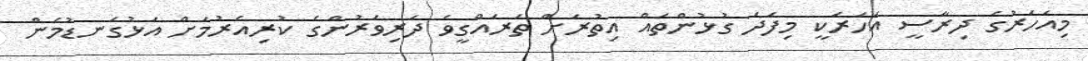
މިއަހަރުގެ ދިރާސީ އަހަރަކީ މިފަދަ ގުޅުންތައް އިތުރަށް ތަރައްގީވެ ދަރިވަރުންގެ ކުރިއެރުމަށް އަޅުގަނޑުމެން